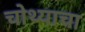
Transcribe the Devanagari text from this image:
चोथ्याचा